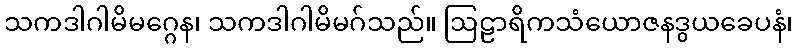
သကဒါဂါမိမဂ္ဂေန၊ သကဒါဂါမိမဂ်သည်။ ဩဠာရိကသံယောဇနဒွယခေပနံ၊